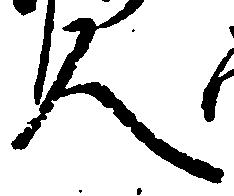
人